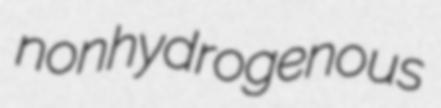
nonhydrogenous